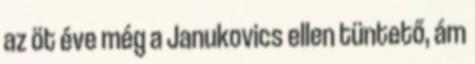
az öt éve még a Janukovics ellen tüntető, ám